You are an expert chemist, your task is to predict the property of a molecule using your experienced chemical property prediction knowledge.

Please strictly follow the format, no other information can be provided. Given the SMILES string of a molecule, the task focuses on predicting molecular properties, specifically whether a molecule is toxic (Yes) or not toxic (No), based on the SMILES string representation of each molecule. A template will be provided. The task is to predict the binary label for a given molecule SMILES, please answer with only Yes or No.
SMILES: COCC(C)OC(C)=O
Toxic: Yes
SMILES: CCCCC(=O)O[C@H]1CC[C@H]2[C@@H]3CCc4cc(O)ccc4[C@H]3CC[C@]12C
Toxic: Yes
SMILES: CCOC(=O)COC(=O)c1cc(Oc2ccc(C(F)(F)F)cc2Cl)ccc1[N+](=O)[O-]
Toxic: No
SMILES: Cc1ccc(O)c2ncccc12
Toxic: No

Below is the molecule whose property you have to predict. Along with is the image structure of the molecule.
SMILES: OCC1CC=CCC1
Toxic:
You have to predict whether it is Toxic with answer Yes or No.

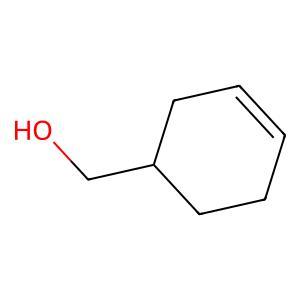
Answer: No